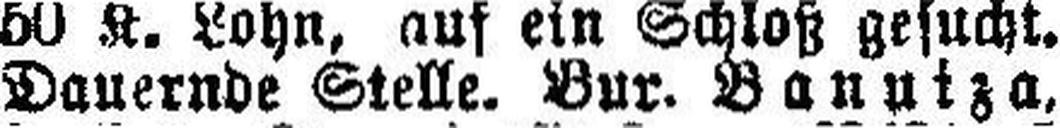
Dauernde Stelle. Bur. Banutza.